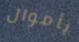
بأموال